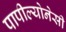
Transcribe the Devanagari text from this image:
पापील्योनेसी